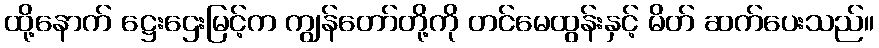
ထို့နောက် ဋ္ဌေးဌေးမြင့်က ကျွန်တော်တို့ကို တင်မေထွန်းနှင့် မိတ် ဆက်ပေးသည်။